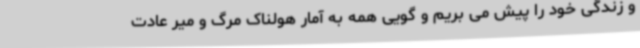
و زندگی خود را پیش می بریم و گویی همه به آمار هولناک مرگ و میر عادت